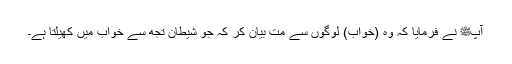
آپﷺ نے فرمایا کہ وہ (خواب) لوگوں سے مت بیان کر کہ جو شیطان تجھ سے خواب میں کھیلتا ہے۔